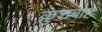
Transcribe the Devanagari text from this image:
कुशबाह